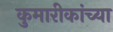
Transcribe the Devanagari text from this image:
कुमारीकांच्या